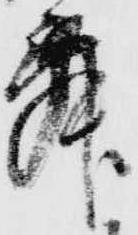
舞